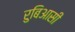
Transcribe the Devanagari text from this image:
रुबिआसी